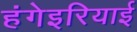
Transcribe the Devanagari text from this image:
हंगेइरियाई